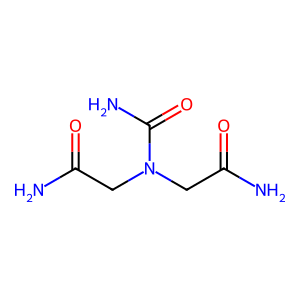
SMILES: NC(=O)CN(CC(N)=O)C(N)=O
Inhibits HIV replication: No